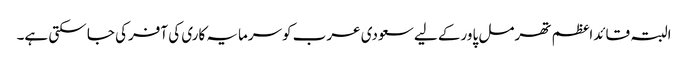
البتہ قائداعظم تھرمل پاورکے لیے سعودی عرب کوسرمایہ کاری کی آفرکی جا سکتی ہے۔